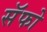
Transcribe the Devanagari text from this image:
सॅफो